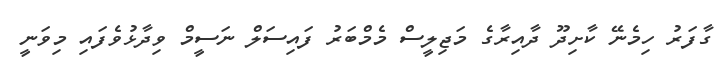
ގާފަރު ހިމެނޭ ކާށިދޫ ދާއިރާގެ މަޖިލީސް މެމްބަރު ފައިސަލް ނަސީމް ވިދާޅުވެފައި މިވަނީ